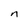
Character: n